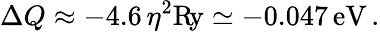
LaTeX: \Delta Q\approx-4.6\, \eta^{2}\mathrm{R\! y}\simeq-0.047\, \mathrm{eV}\, .